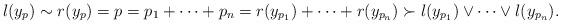
LaTeX: \begin{align*}l(y_p)\sim r(y_p)=p=p_1+\cdots+p_n = r(y_{p_1})+\cdots+r(y_{p_n})\succ l(y_{p_1})\vee\cdots\vee l(y_{p_n}).\end{align*}